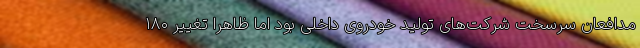
مدافعان سرسخت شرکت‌های تولید خودروی داخلی بود اما ظاهرا تغییر ۱۸۰